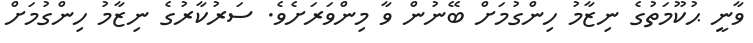
ވާނީ ޙުކޫމަތުގެ ނިޒާމު ހިންގުމަށް ބޭނުން ވާ މިންވަރަށެވެ. ސަރުކާރުގެ ނިޒާމު ހިންގުމަށް